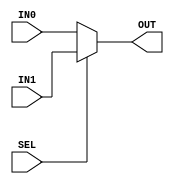
`timescale 1ns / 1ps

module MUX_16bit(IN0, IN1, SEL, OUT);
    input [15:0] IN0, IN1; //Input 1, Input 2
    input SEL; //Select bit for MUX
    output reg [15:0] OUT; //Output of MUX
    
    always @ (IN0, IN1, SEL)
    begin
        if (SEL == 1)
            OUT = IN1;
        else
            OUT = IN0;
    end
    
endmodule